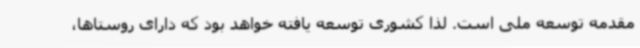
مقدمه توسعه ملی است. لذا کشوری توسعه یافته خواهد بود که دارای روستاها،